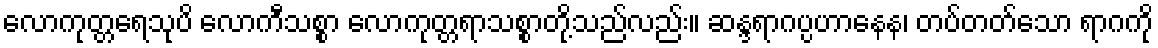
လောကုတ္တရေသုပိ လောကီသစ္စာ လောကုတ္တရာသစ္စာတို့သည်လည်း။ ဆန္ဒရာဂပ္ပဟာနေန၊ တပ်တတ်သော ရာဂကို